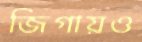
জিগায়ও